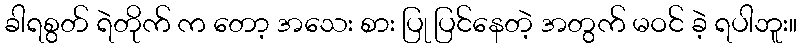
ခါရစွတ် ရဲတိုက် က တော့ အသေး စား ပြု ပြင်နေတဲ့ အတွက် မဝင် ခဲ့ ရပါဘူး။